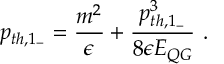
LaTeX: p _ { t h , 1 _ { - } } = { \frac { m ^ { 2 } } { \epsilon } } + { \frac { p _ { t h , 1 _ { - } } ^ { 3 } } { 8 \epsilon E _ { Q G } } } ~ .